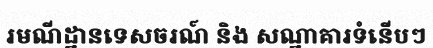
រមណីដ្ឋានទេសចរណ៍ និង សណ្ឋាគារទំនើបៗ